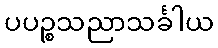
ပပဉ္စသညာသင်္ခါယ